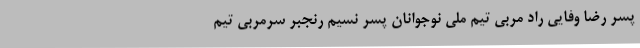
پسر رضا وفایی راد مربی تیم ملی نوجوانان پسر نسیم رنجبر سرمربی تیم